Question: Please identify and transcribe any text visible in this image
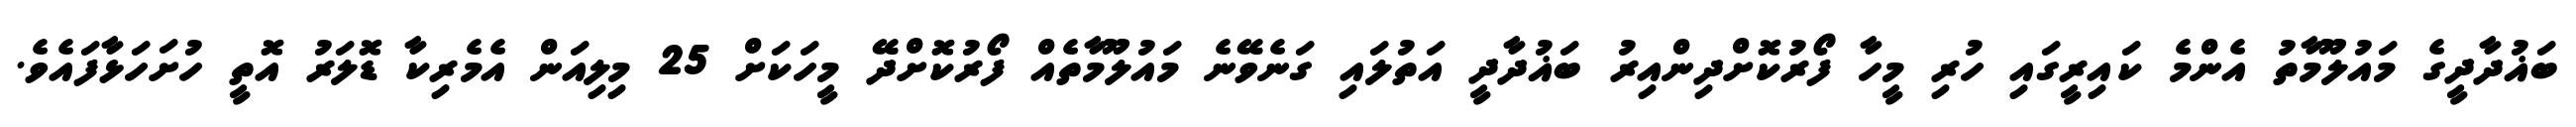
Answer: ބަޣުދާދީގެ މައުލޫމާތު އެންމެ ކައިރީގައި ހުރި މީހާ ފޯރުކޮށްދިންއިރު ބަޣުދާދީ އަތުލައި ގަނެވޭނެ މައުލޫމާތެއް ފޯރުކޮށްދޭ މީހަކަށް 25 މިލިއަން އެމެރިކާ ޑޮލަރު އޮތީ ހުށަހަޅާފައެވެ.